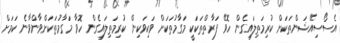
އެސޯސިއޭޝަންތަކަށް ކުރިމަތިލައިގެން ހޮވޭ ފަރާތްތަކަކީ މަގާމުތަކަށް ވަކިވަކިން ކުރިމަތިލައިގެން ހޮވާ މަގާމުތަކަށްވާންވާނެ ކަމަށް